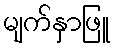
မျက်နှာဖြူ